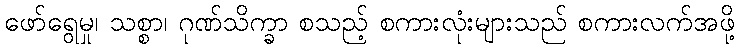
ဖော်ရွေမှု၊ သစ္စာ၊ ဂုဏ်သိက္ခာ စသည့် စကားလုံးများသည် စကားလက်အဖို့